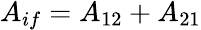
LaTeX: \begin{array}{r}{A_{if}=A_{12}+A_{21}}\end{array}